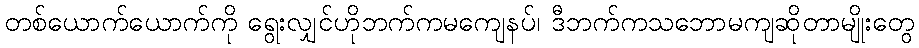
တစ်ယောက်ယောက်ကို ရွေးလျှင်ဟိုဘက်ကမကျေနပ်၊ ဒီဘက်ကသဘောမကျဆိုတာမျိုးတွေ